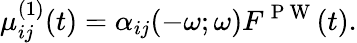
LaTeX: \mu_{ij}^{(1)}(t)=\alpha_{ij}(-\omega;\omega)F^{\mathrm{~P~W~}}(t).